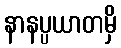
နာနပ္ပယာတမှိ